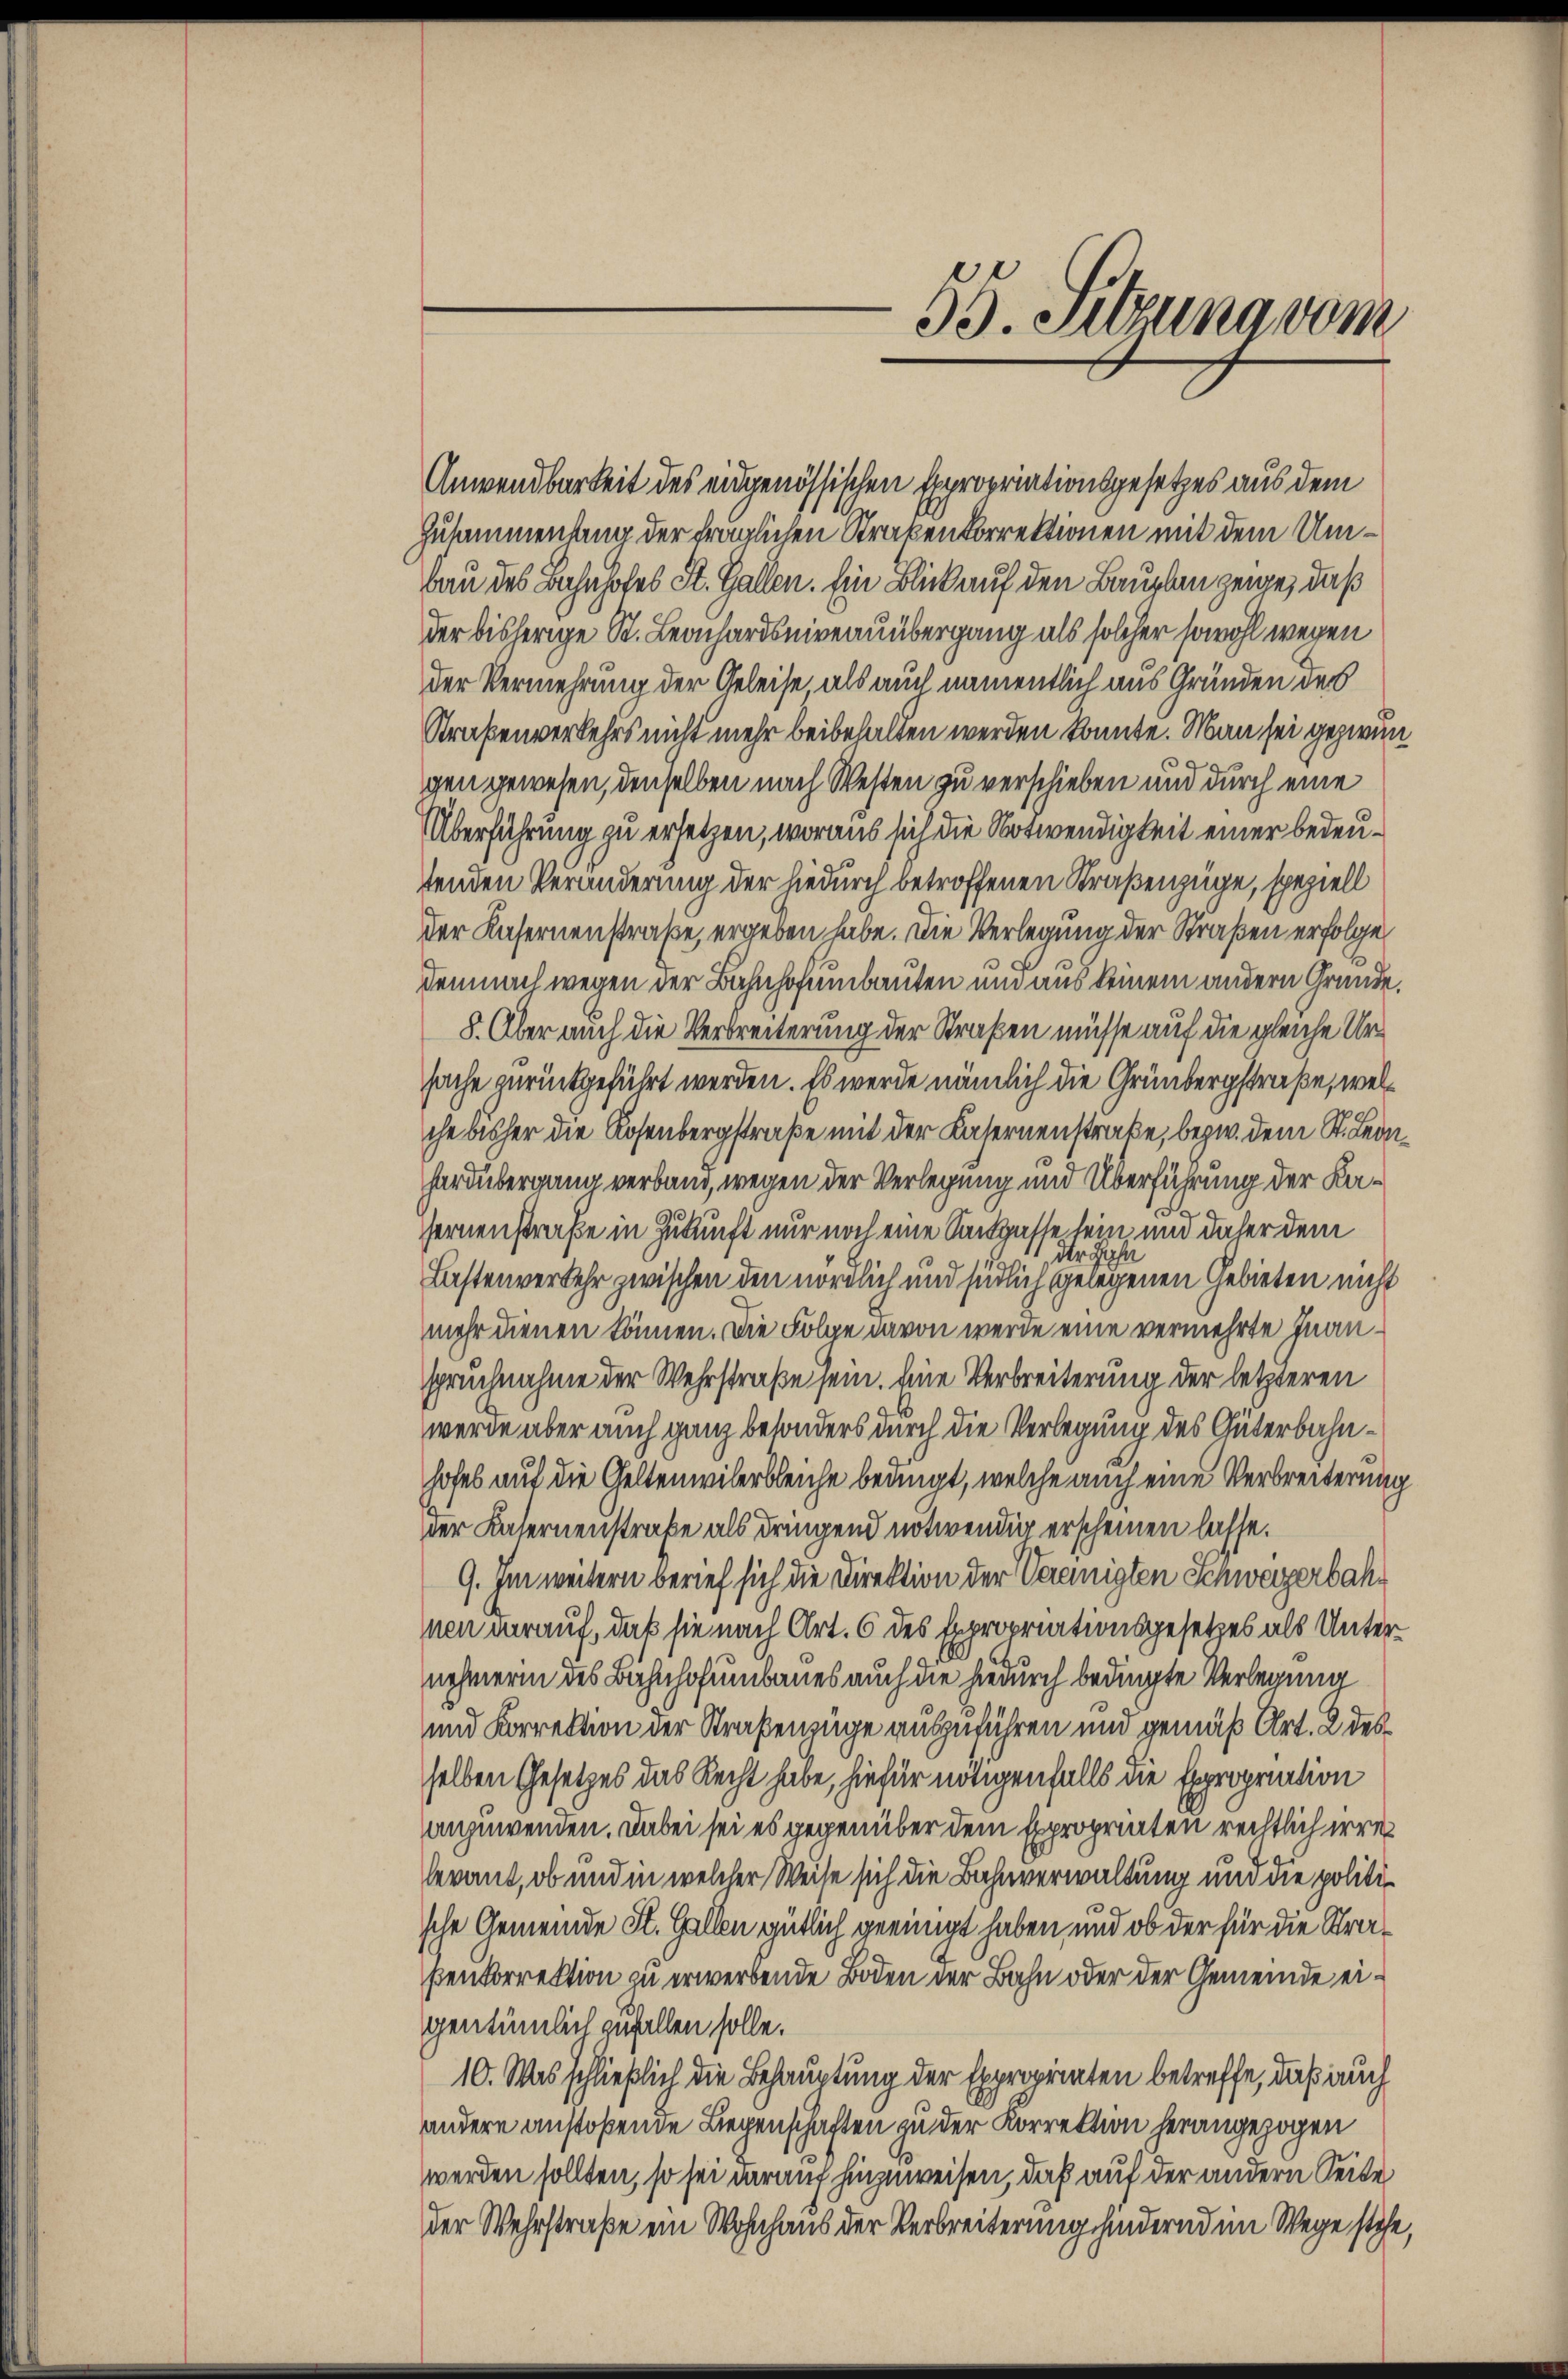
Anwendbarkeit des eidgenössischen Expropriationsgesetzes aus dem
Zusammenhang der fraglichen Strabenkorrektionen mit dem Umbau des Bahnhofes St. Gallen. Ein Blick auf den Bauplan zeige, daß
der bisherige St. Leonhardsniveauübergang als solcher sowohl wegen
der Vermehrung der Geleise als auch namentlich aus Gründen des
Straßenverkehrs nicht mehr beibehalten werden könnte. Man sei gezwei
gen gewesen, denselben nach Westen zu verschieben und durch eine
Überführung zu ersetzen, woraus sich die Notwendigkeit einer bedeutenden Veränderung der hiedurch betroffenen Straßenzüge, speziell
der Kasernenstraße, ergeben habe. Die Verlegung der Straßen erfolge
demnach wegen der Bahnhofenbauten und aus keinem andern Gründe
8. Aber auch die Verbreiterung der Straßen müsse auf die gleiche Ursache zurückgeführt werden. Es werde nämlich die Grünbergstraße, welche bisher die Rosenbergstraße mit der Kasernenstrake, bezw. dem St. Ledehard übergang verband, wegen der Verlegung und Überführung der Kade
fernenstraße in Zukunft nur noch eine Sangasse sein und daher dem
der Jahr
Lastenverkehr zwischen den nördlich und südlich gelegenen Gebieten nicht
mehr dienen können. Die Folge davon werde eine vermehrte Inanspruchnahme der Wehrstraße sein. Eine Verbreiterung der letzteren
werde aber auch ganz besonders durch die Verlegung des Güterbahnhofes auf die Geltenwilerbleiche bedingt, welche auch eine Verbreiterung
der Kasernenstraße als dringend notwendig erscheinen lasse.
9. Im weitern berief sich die Direktion der Vereinigten Schweizerbahnen worauf, daß sie nach Art. 6 des Expropriationsgesetzes als Unternehmerin des Bahnhofumbaues auch die hiedurch bedingte Verlegung
und Korrektion der Straßenzüge auszuführen und gemäß Art. 2 des
selben Gesetzes das Recht habe, hiefür nötigenfalls die Expropriation
anzuwenden. Dabei sei es gegenüber dem Expropriaten rechtlich irre
levant, ob und in welcher Weise sich die Bahnverwaltung und die politische Gemeinde St. Gallen gütlich geeinigt haben, und ob der für die Strapenkorrektion zu erwerbende Boden der Bahn oder der Gemeinde eigentümlich zufallen solle.
10. Was schließlich die Behauptung der Expropriaten betreffe, daß auch
andere anstoßende Liegenschaften zu der Korrektion herangezogen
werden sollten, so sei darauf hinzuweisen, daß auf der andern Seite
der Wehrstraße ein Wohnhaus der Verbreiterung hindernd im Wege stehe,

55. Sitzung vom